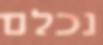
נכלם